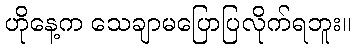
ဟိုနေ့က သေချာမပြောပြလိုက်ရဘူး။